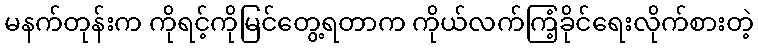
မနက်တုန်းက ကိုရင့်ကိုမြင်တွေ့ရတာက ကိုယ်လက်ကြံ့ခိုင်ရေးလိုက်စားတဲ့